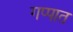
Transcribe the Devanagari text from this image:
गप्पात